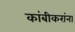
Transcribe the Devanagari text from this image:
कांबीकरांना